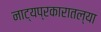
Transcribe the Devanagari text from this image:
नाट्यप्रकारातल्या